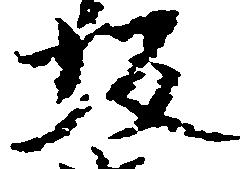
坂